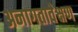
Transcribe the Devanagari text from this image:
अनागतावेक्षण